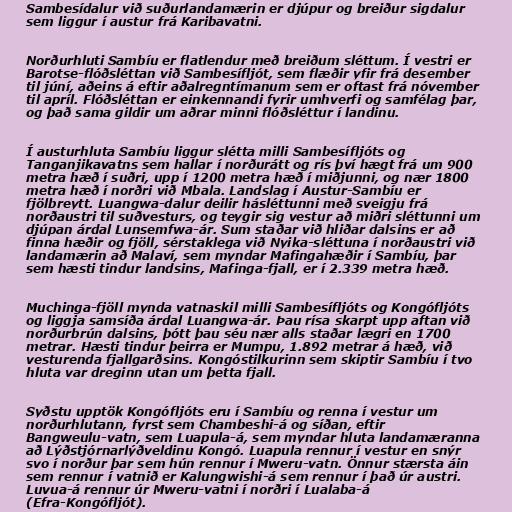
Sambesídalur við suðurlandamærin er djúpur og breiður sigdalur
sem liggur í austur frá Karibavatni.

Norðurhluti Sambíu er flatlendur með breiðum sléttum. Í vestri er
Barotse-flóðsléttan við Sambesífljót, sem flæðir yfir frá desember
til júní, aðeins á eftir aðalregntímanum sem er oftast frá nóvember
til apríl. Flóðsléttan er einkennandi fyrir umhverfi og samfélag þar,
og það sama gildir um aðrar minni flóðsléttur í landinu.

Í austurhluta Sambíu liggur slétta milli Sambesífljóts og
Tanganjikavatns sem hallar í norðurátt og rís því hægt frá um 900
metra hæð í suðri, upp í 1200 metra hæð í miðjunni, og nær 1800
metra hæð í norðri við Mbala. Landslag í Austur-Sambíu er
fjölbreytt. Luangwa-dalur deilir hásléttunni með sveigju frá
norðaustri til suðvesturs, og teygir sig vestur að miðri sléttunni um
djúpan árdal Lunsemfwa-ár. Sum staðar við hliðar dalsins er að
finna hæðir og fjöll, sérstaklega við Nyika-sléttuna í norðaustri við
landamærin að Malaví, sem myndar Mafingahæðir í Sambíu, þar
sem hæsti tindur landsins, Mafinga-fjall, er í 2.339 metra hæð.

Muchinga-fjöll mynda vatnaskil milli Sambesífljóts og Kongófljóts
og liggja samsíða árdal Luangwa-ár. Þau rísa skarpt upp aftan við
norðurbrún dalsins, þótt þau séu nær alls staðar lægri en 1700
metrar. Hæsti tindur þeirra er Mumpu, 1.892 metrar á hæð, við
vesturenda fjallgarðsins. Kongóstilkurinn sem skiptir Sambíu í tvo
hluta var dreginn utan um þetta fjall.

Syðstu upptök Kongófljóts eru í Sambíu og renna í vestur um
norðurhlutann, fyrst sem Chambeshi-á og síðan, eftir
Bangweulu-vatn, sem Luapula-á, sem myndar hluta landamæranna
að Lýðstjórnarlýðveldinu Kongó. Luapula rennur í vestur en snýr
svo í norður þar sem hún rennur í Mweru-vatn. Önnur stærsta áin
sem rennur í vatnið er Kalungwishi-á sem rennur í það úr austri.
Luvua-á rennur úr Mweru-vatni í norðri í Lualaba-á
(Efra-Kongófljót).